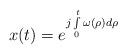
LaTeX: \begin{align*}x(t)=e^{j\int\limits_{0}^{t}\omega(\rho)d\rho}\end{align*}